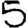
Digit: 5